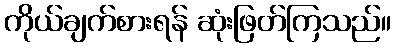
ကိုယ်ချက်စားရန် ဆုံးဖြတ်ကြသည်။